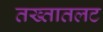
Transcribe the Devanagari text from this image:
तख्तातलट